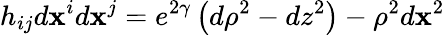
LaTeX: h_{ij}d\mathbf{x}^{i}d\mathbf{x}^{j}=e^{2\gamma}\left(d\rho^{2}-dz^{2}\right)-\rho^{2}d\mathbf{x}^{2}